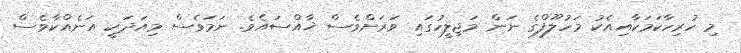
މި ހުރިހާކަމަކާއިއެކު މަހުލޫފްގެ ނަން މަޖިލީހުގައި ވަރަށްވެސް ޚާއްސައެވެ. ނަމަވެސް މިއަދަކީ އަނެއްކާވެސް